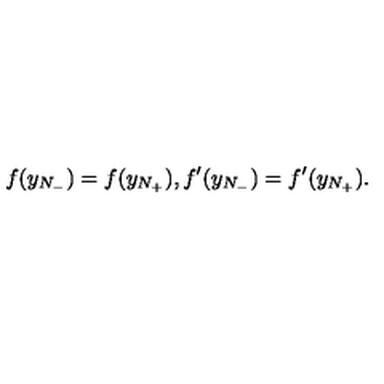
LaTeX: f ( y _ { N _ { - } } ) = f ( y _ { N _ { + } } ) , f ^ { \prime } ( y _ { N _ { - } } ) = f ^ { \prime } ( y _ { N _ { + } } ) .